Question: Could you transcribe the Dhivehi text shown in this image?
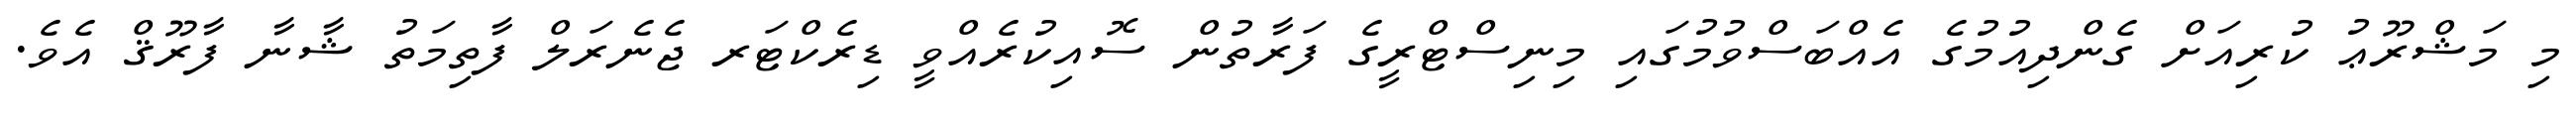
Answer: މި މަޝްރޫޢު ކުރިއަށް ގެންދިއުމުގެ އެއްބަސްވުމުގައި މިނިސްޓްރީގެ ފަރާތުން ސޮއިކުރެއްވީ ޑިރެކްޓަރ ޖެނެރަލް ފާތިމަތު ޝާނާ ފާރޫޤް އެވެ.